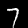
Digit: 7